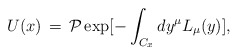
\begin{align*}U(x)\,=\, {\cal P} \exp [-\int_{C_x} dy^{\mu} L_{\mu} (y) ],\end{align*}